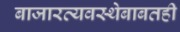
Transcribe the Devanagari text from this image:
बाजारव्यवस्थेबाबतही